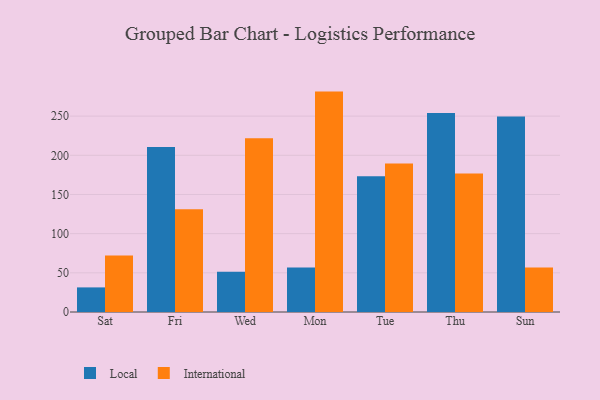
{"axis": {"x": "Day", "y": "LTV (USD)"}, "legend": ["International", "Local"], "data": [{"x": "Sat", "y": 31.4, "type": "Local"}, {"x": "Sat", "y": 72.2, "type": "International"}, {"x": "Fri", "y": 210.6, "type": "Local"}, {"x": "Fri", "y": 131.2, "type": "International"}, {"x": "Wed", "y": 51.3, "type": "Local"}, {"x": "Wed", "y": 221.8, "type": "International"}, {"x": "Mon", "y": 56.7, "type": "Local"}, {"x": "Mon", "y": 281.3, "type": "International"}, {"x": "Tue", "y": 173.2, "type": "Local"}, {"x": "Tue", "y": 189.5, "type": "International"}, {"x": "Thu", "y": 254.1, "type": "Local"}, {"x": "Thu", "y": 176.9, "type": "International"}, {"x": "Sun", "y": 249.5, "type": "Local"}, {"x": "Sun", "y": 56.8, "type": "International"}]}